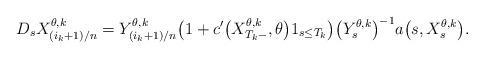
LaTeX: \begin{align*} D_s X_{(i_k+1)/{n}}^{\theta,k}=Y_{({i_k+1})/{n}}^{\theta,k}\bigl(1+c'\bigl(X_{T_k-}^{\theta,k}, \theta\bigr)1_{s \leq T_k}\bigr)\bigl(Y_{s}^{\theta,k} \bigr)^{-1} a\bigl(s, X_s^{\theta,k}\bigr).\end{align*}